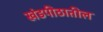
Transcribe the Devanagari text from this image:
खंडपीठातील